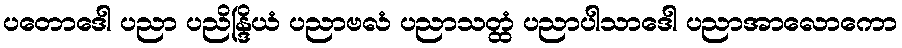
ပတောဒေါ ပညာ ပညိန္ဒြိယံ ပညာဗလံ ပညာသတ္ထံ ပညာပါသာဒေါ ပညာအာလောကော